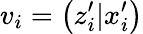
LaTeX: v_{i}=\left(z_{i}^{\prime}|x_{i}^{\prime}\right)